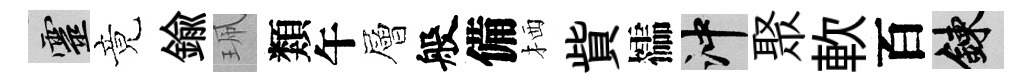
靈竟鍮珮類午層般備栖貲櫺冲聚軟百練